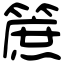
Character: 䉀